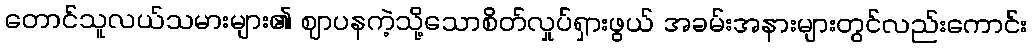
တောင်သူလယ်သမားများ၏ ဈာပနကဲ့သို့သောစိတ်လှုပ်ရှားဖွယ် အခမ်းအနားများတွင်လည်းကောင်း